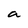
Character: a